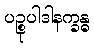
ပဉ္စုပါဒါနက္ခန္ဓ